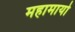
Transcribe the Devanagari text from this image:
महामायो